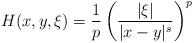
LaTeX: \begin{align*} H(x,y,\xi) = \frac{1}{p}\left(\frac{|\xi|}{|x-y|^s}\right)^p\end{align*}